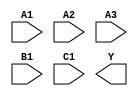
module sky130_fd_sc_ls__o311ai (
    //# {{data|Data Signals}}
    input  A1,
    input  A2,
    input  A3,
    input  B1,
    input  C1,
    output Y
);

    // Voltage supply signals
    supply1 VPWR;
    supply0 VGND;
    supply1 VPB ;
    supply0 VNB ;

endmodule